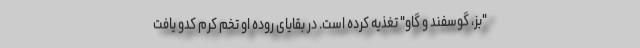
"بز، گوسفند و گاو" تغذیه کرده است. در بقایای روده او تخم کرم کدو یافت